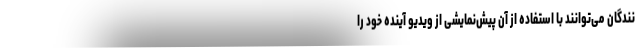
نندگان می‌توانند با استفاده از آن پیش‌نمایشی از ویدیو آینده خود را